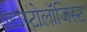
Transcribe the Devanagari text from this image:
फाय्टोलॉजिस्ट